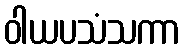
ဝါယပသံသကာ